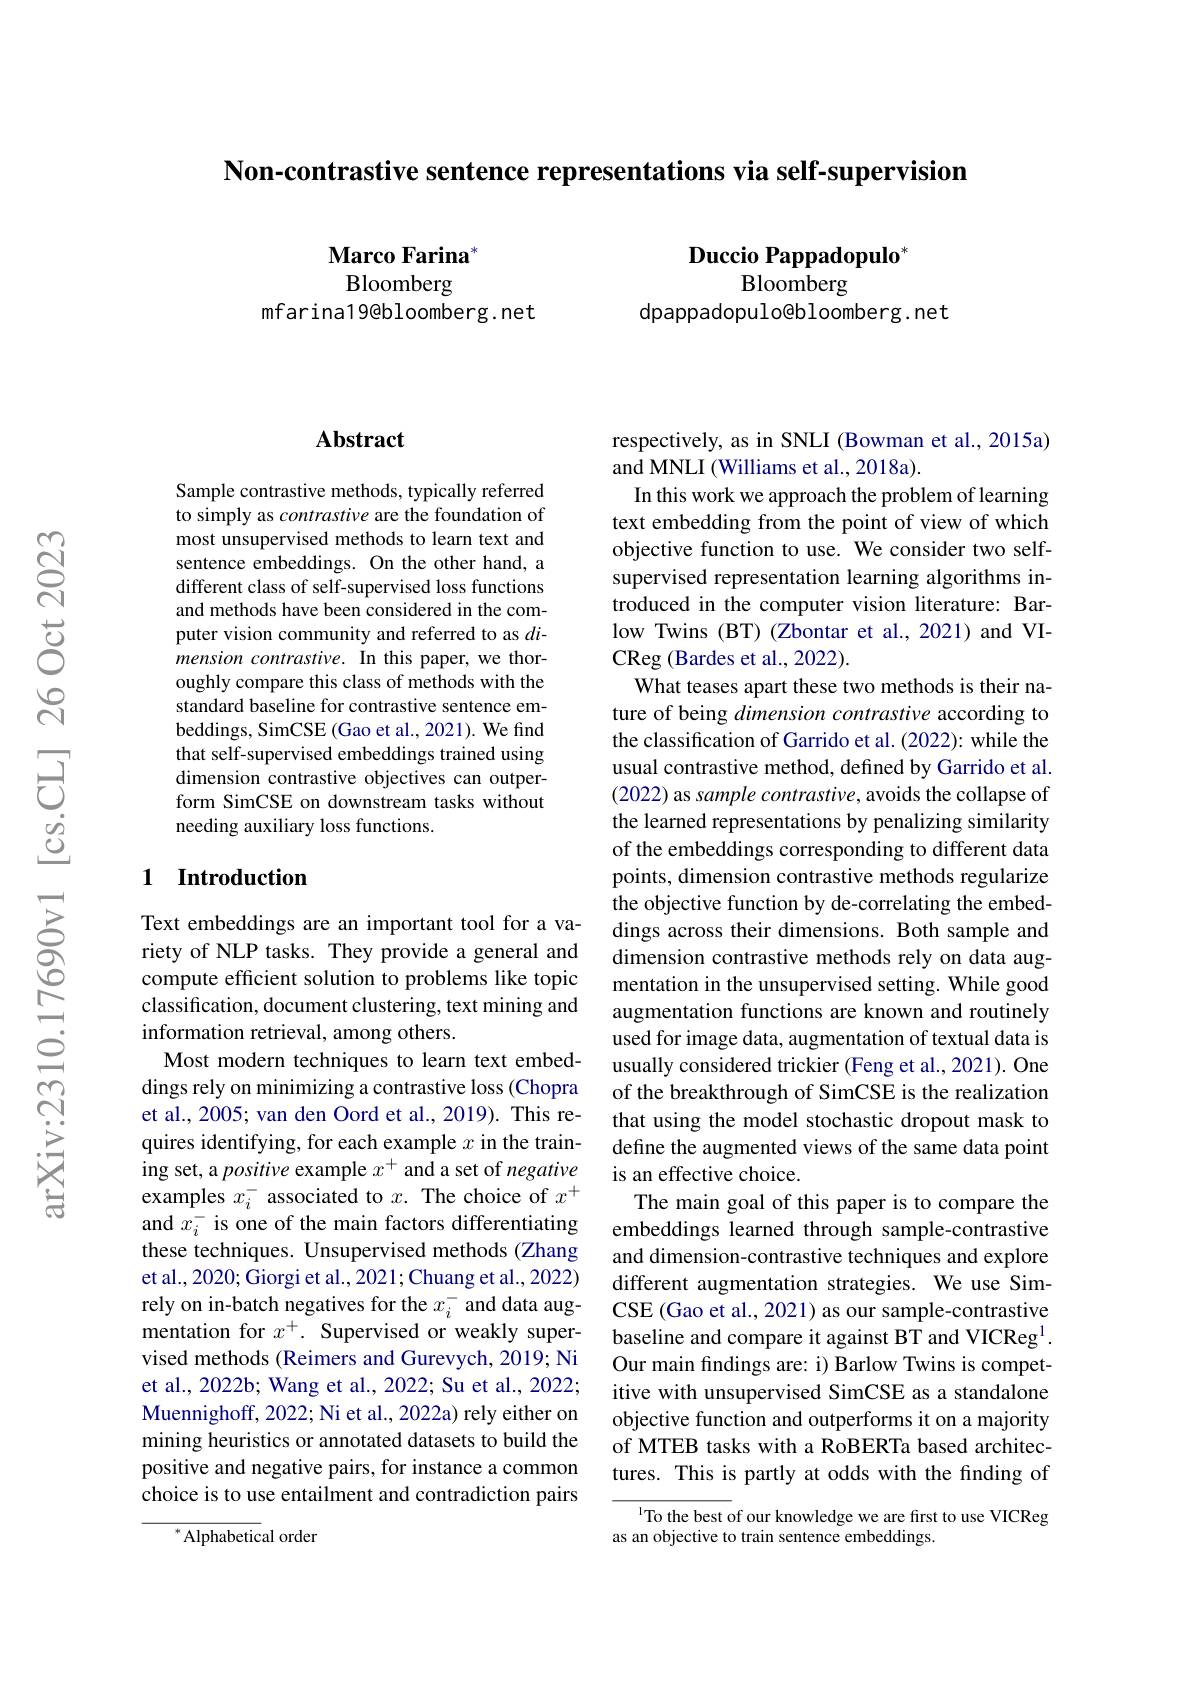
Non-contrastive sentence representations via self-supervision

# Duccio Pappadopulo$^{*}$ Bloomberg

dpappadopulo@bloomberg. net

Marco Farina Bloomberg
mfarina19@bloomberg.net

## Abstract

Sample contrastive methods, typically referred to simply as contrastive are the foundation of most unsupervised methods to learn text and sentence embeddings. On the other hand, a different class of self-supervised loss functions and methods have been considered in the computer vision community and referred to as $di$- mension contrastive. In this paper, we thoroughly compare this class of methods with the standard baseline for contrastive sentence embeddings, SimCSE (Gao et al., 2021). We find that self-supervised embeddings trained using dimension contrastive objectives can outperform SimCSE on downstream tasks without needing auxiliary loss functions.

## 1 Introduction

Text embeddings are an important tool for a variety of NLP tasks. They provide a general and compute efficient solution to problems like topic classification, document clustering, text mining and information retrieval, among others.
Most modern techniques to learn text embeddings rely on minimizing a contrastive loss (Chopra et al., 2005; van den Oord et al., 2019). This requires identifying, for each example $x$ in the training set, a positive example $x^+$ and a set of negative examples $x_i^-$ associated to $x.$ The choice of $x^+$ and $x_i^-$ is one of the main factors differentiating these techniques. Unsupervised methods (Zhang et al., 2020; Giorgi et al., 2021; Chuang et al., 2022) rely on in-batch negatives for the $x_i^-$ and data augmentation for $x^+.$ Supervised or weakly supervised methods (Reimers and Gurevych, 2019; Ni et al., 2022b; Wang et al., 2022; Su et al., 2022; Muennighoff, 2022; Ni et al., 2022a) rely either on mining heuristics or annotated datasets to build the positive and negative pairs, for instance a common choice is to use entailment and contradiction pairs

${^{*}\mathrm{Alphabetic}}$al order

respectively, as in SNLI (Bowman et al., 2015a)
and MNLI (Williams et al., 2018a).
In this work we approach the problem of learning text embedding from the point of view of which objective function to use. We consider two selfsupervised representation learning algorithms introduced in the computer vision literature: Barlow Twins (BT) (Zbontar et al., 2021) and VICReg (Bardes et al., 2022).
What teases apart these two methods is their nature of being dimension contrastive according to the classification of Garrido et al. (2022): while the usual contrastive method, defined by Garrido et al. (2022) as sample contrastive, avoids the collapse of the learned representations by penalizing similarity of the embeddings corresponding to different data points, dimension contrastive methods regularize the objective function by de-correlating the embeddings across their dimensions. Both sample and dimension contrastive methods rely on data augmentation in the unsupervised setting. While good augmentation functions are known and routinely used for image data, augmentation of textual data is usually considered trickier (Feng et al., 2021). One of the breakthrough of SimCSE is the realization that using the model stochastic dropout mask to define the augmented views of the same data point is an effective choice.
The main goal of this paper is to compare the embeddings learned through sample-contrastive and dimension-contrastive techniques and explore different augmentation strategies. We use SimCSE (Gao et al., 2021) as our sample-contrastive baseline and compare it against BT and VICReg$^{1}.$ Our main findings are: i) Barlow Twins is competitive with unsupervised SimCSE as a standalone objective function and outperforms it on a majority of MTEB tasks with a RoBERTa based architectures. This is partly at odds with the finding of
To the best of our knowledge we are first to use VICReg

as an objective to train sentence embeddings.